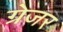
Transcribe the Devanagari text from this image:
ग्रेजर